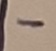
Text: -